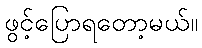
ဖွင့်ပြောရတော့မယ်။